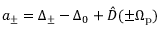
a _ { \pm } = \Delta _ { \pm } - \Delta _ { 0 } + \hat { D } ( \pm \Omega _ { \mathrm { p } } )